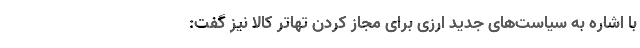
با اشاره به سیاست‌های جدید ارزی برای مجاز کردن تهاتر کالا نیز گفت: